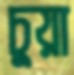
চুয়া